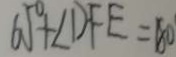
6 5 ^ { \circ } + \angle D F E = 1 8 0